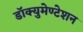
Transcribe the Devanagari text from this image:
डॉक्युमेण्टेशन